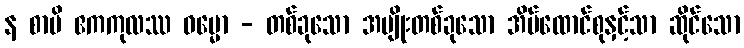
န စာပိ ဧကကုလဿ ဓမ္မော - တစ်ခုသော အမျိုးတစ်ခုသော အိမ်ထောင်စုနှင့်သာ ဆိုင်သော